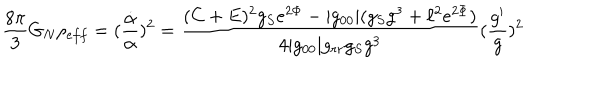
LaTeX: \frac { 8 \pi } { 3 } G _ { N } \rho _ { e f f } = ( \frac { \dot { \alpha } } { \alpha } ) ^ { 2 } = \frac { ( C + E ) ^ { 2 } g _ { S } e ^ { 2 \Phi } - | g _ { 0 0 } | ( g _ { S } g ^ { 3 } + \ell ^ { 2 } e ^ { 2 \Phi } ) } { 4 | g _ { 0 0 } | g _ { r r } g _ { S } g ^ { 3 } } ( \frac { g ^ { \prime } } { g } ) ^ { 2 }